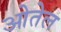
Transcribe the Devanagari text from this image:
ओतेल